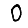
Digit: 0